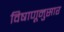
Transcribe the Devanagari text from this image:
विषाणूनुसार